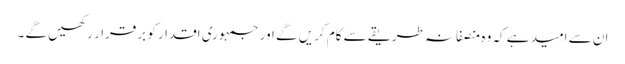
ان سے امید ہے کہ وہ منصفانہ طریقے سے کام کریں گے اور جمہوری اقدار کو برقرار رکھیں گے ۔